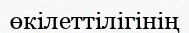
өкілеттілігінің